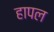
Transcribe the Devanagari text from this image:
हापल